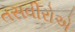
તસવીરોએ